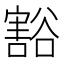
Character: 豁